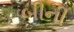
બીની